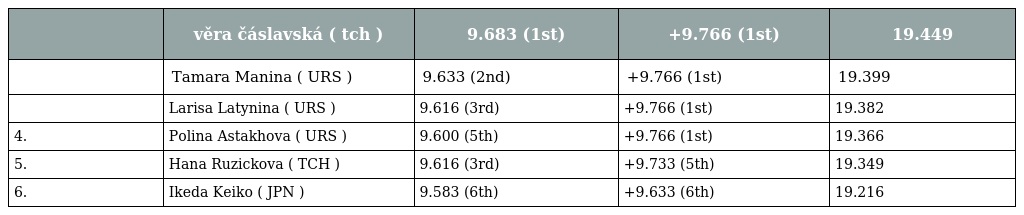
|  | věra čáslavská ( tch ) | 9.683 (1st) | +9.766 (1st) | 19.449 |
 | --- | --- | --- | --- | --- |
 |  | Tamara Manina ( URS ) | 9.633 (2nd) | +9.766 (1st) | 19.399 |
 |  | Larisa Latynina ( URS ) | 9.616 (3rd) | +9.766 (1st) | 19.382 |
 | 4. | Polina Astakhova ( URS ) | 9.600 (5th) | +9.766 (1st) | 19.366 |
 | 5. | Hana Ruzickova ( TCH ) | 9.616 (3rd) | +9.733 (5th) | 19.349 |
 | 6. | Ikeda Keiko ( JPN ) | 9.583 (6th) | +9.633 (6th) | 19.216 |